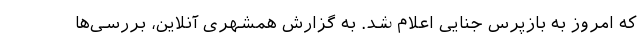
که امروز به بازپرس جنایی اعلام شد. به گزارش همشهری آنلاین، بررسی‌ها